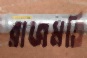
রাজমতি